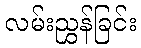
လမ်းညွှန်ခြင်း